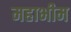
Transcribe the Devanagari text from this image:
महाभीम